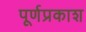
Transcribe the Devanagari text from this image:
पूर्णप्रकाश